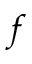
f